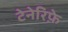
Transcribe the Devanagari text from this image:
टेनेरिफ़े